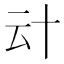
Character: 𠦊